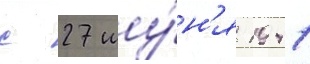
с 27 иу́н'я 1941